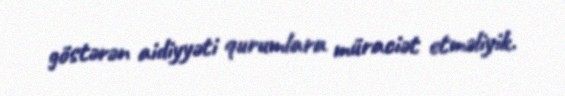
göstərən aidiyyəti qurumlara müraciət etməliyik.